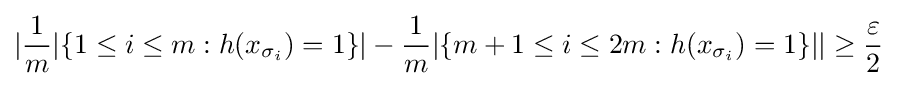
|{\frac {1}{m}}|\{1\leq i\leq m:h(x_{\sigma _{i}})=1\}|-{\frac {1}{m}}|\{m+1\leq i\leq 2m:h(x_{\sigma _{i}})=1\}||\geq {\frac {\varepsilon }{2}}